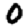
Digit: 0